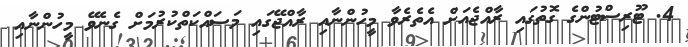
4. ޓޫރިސްޓުންގެ ގޮތުގައި ރާއްޖެއަށް އެތެރެވާ މީހުންނާއި ރާއްޖޭގައި މަސައްކަތްކުރުމަށް ގެނެވޭ މީހުންނާއި